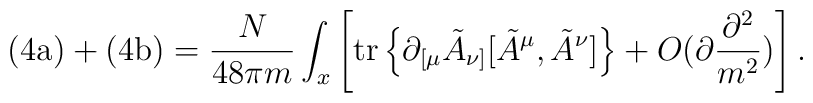
\mbox{(4a)}+\mbox{(4b)}=\frac{N}{48\pi m}\int_x\left[{\rm tr}\left\{\partial_{[\mu}\tilde{A}_{\nu]}[\tilde{A}^\mu, \tilde{A}^\nu]\right\}+O(\partial \frac{\partial^2}{m^2})\right].